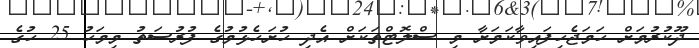
ދޫކުރުމަށް ހަމަޖެހިފައިވާކަމަށާ މި ސްލޮޓްތަކަށް އެދި ހުށަހެޅުމުގެ ފުރުސަތު މިމަހު 25 ހުގެ